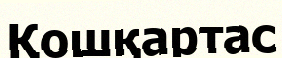
Қошқартас